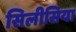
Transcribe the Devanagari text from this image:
सिलीसिया